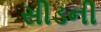
સીડની